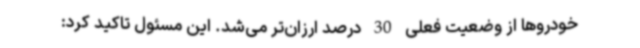
خودروها از وضعیت فعلی 30 درصد ارزان‌تر می‌شد. این مسئول تاکید کرد: